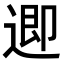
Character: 𮞲